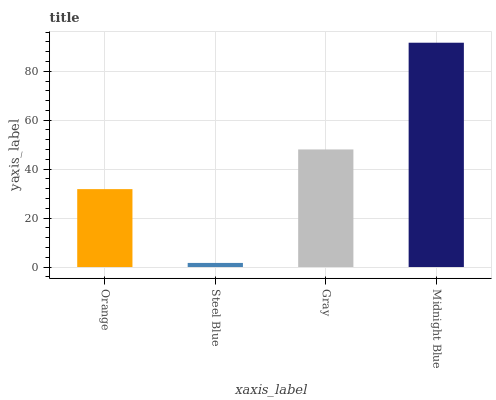
| xaxis_label | bars |
 | --- | --- |
 | Orange | 31.8 |
 | Steel Blue | 1.68 |
 | Gray | 48 |
 | Midnight Blue | 91.7 |